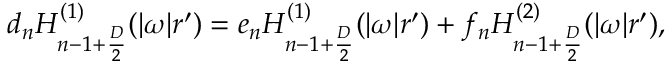
d _ { n } H _ { n - 1 + { \frac { D } { 2 } } } ^ { ( 1 ) } ( | \omega | r ^ { \prime } ) = e _ { n } H _ { n - 1 + { \frac { D } { 2 } } } ^ { ( 1 ) } ( | \omega | r ^ { \prime } ) + f _ { n } H _ { n - 1 + { \frac { D } { 2 } } } ^ { ( 2 ) } ( | \omega | r ^ { \prime } ) ,